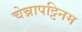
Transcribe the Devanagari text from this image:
चेन्नापट्टिनम